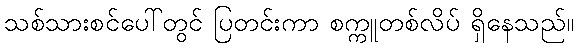
သစ်သားစင်ပေါ်တွင် ပြတင်းကာ စက္ကူတစ်လိပ် ရှိနေသည်။